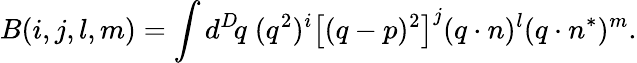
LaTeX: B(i,j,l,m)=\int d^{D}\! q\; (q^{2})^{i}\left[(q-p)^{2}\right]^{j}(q\cdot n)^{l}(q\cdot n^{*})^{m}.